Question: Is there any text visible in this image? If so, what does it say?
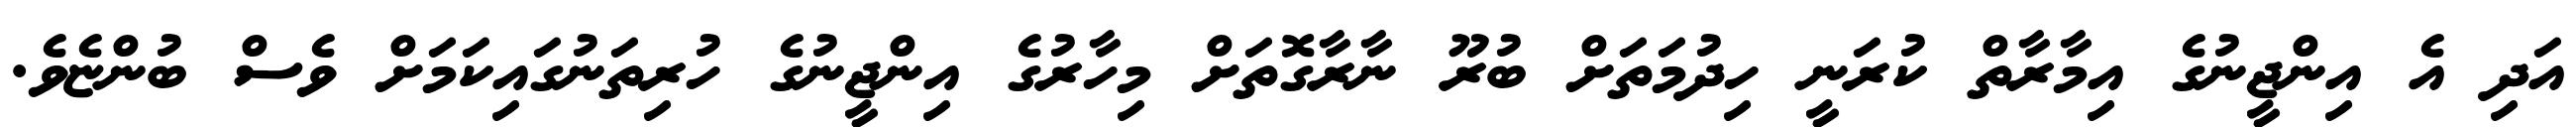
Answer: އަދި އެ އިންޖީނުގެ އިމާރާތް ކުރަނީ ހިދުމަތަށް ބުރޫ ނާރާގޮތަށް މިހާރުގެ އިންޖީނުގެ ހުރިތަނުގައިކަމަށް ވެސް ބުންޏެވެ.